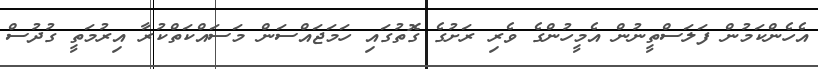
އެހެންކަމުން ފަލަސްތީނުން އެމީހުންގެ ވެރި ރަށުގެ ގޮތުގައި ހަމަޖައްސަން މަސައްކަތްކުރާ އިރުމަތީ ގުދުސް